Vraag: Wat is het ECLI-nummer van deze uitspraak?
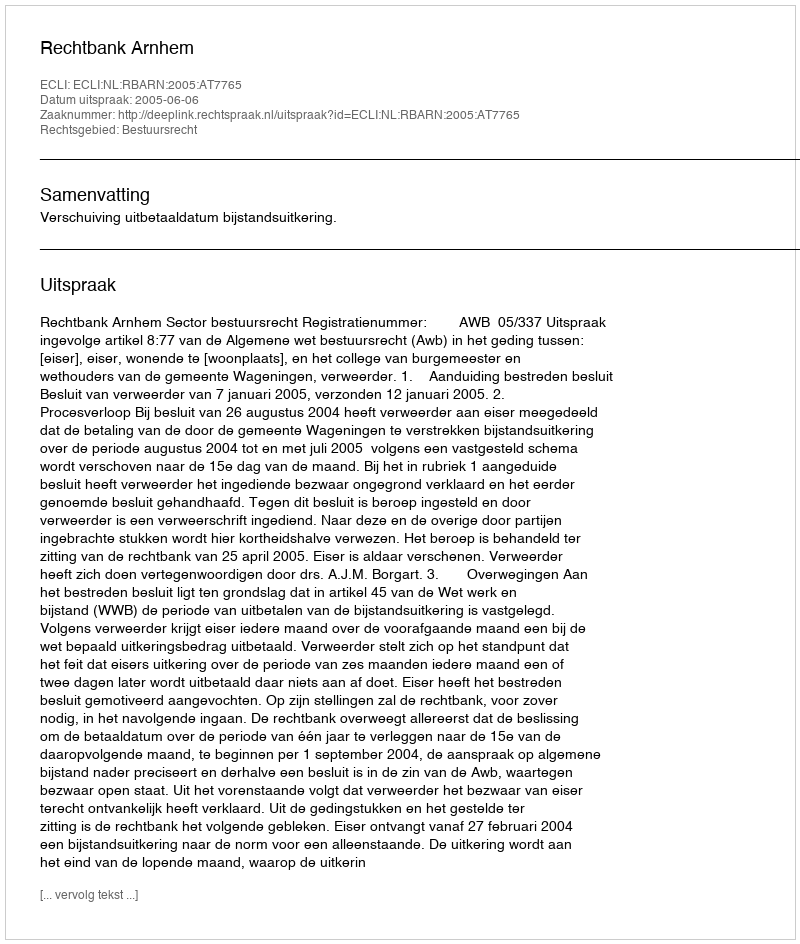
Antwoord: ECLI:NL:RBARN:2005:AT7765